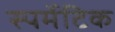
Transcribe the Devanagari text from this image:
स्पर्मेटिक